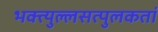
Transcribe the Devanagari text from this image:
भक्त्युल्लसत्पुलकतां